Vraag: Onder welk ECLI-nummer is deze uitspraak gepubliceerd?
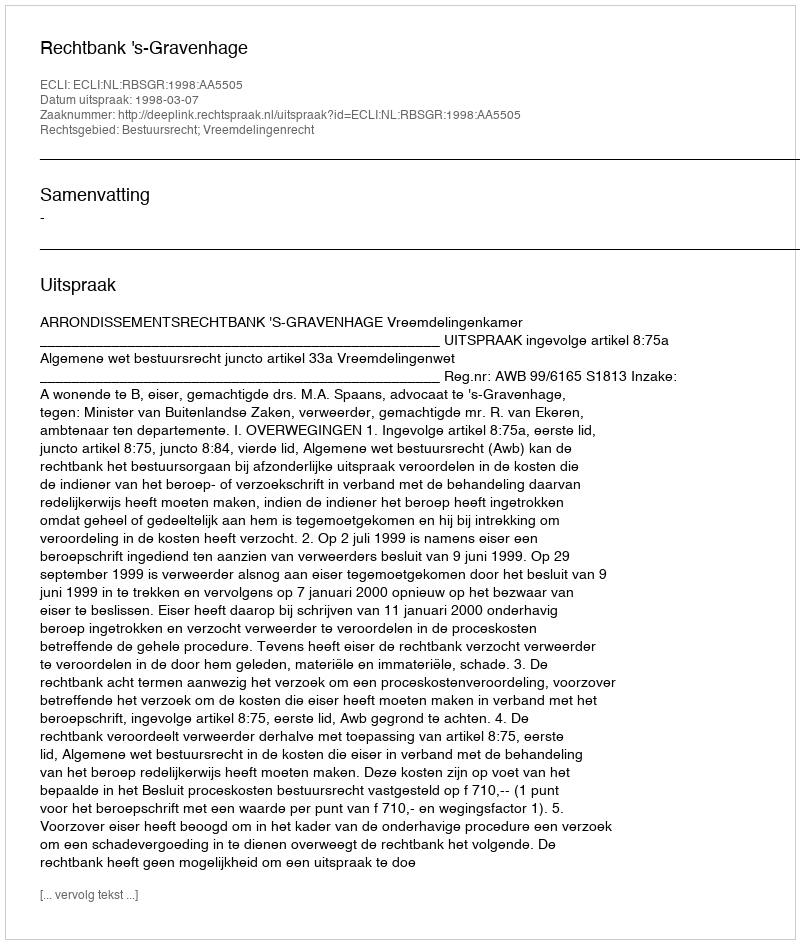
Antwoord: ECLI:NL:RBSGR:1998:AA5505